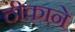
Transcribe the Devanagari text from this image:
ठीकाने